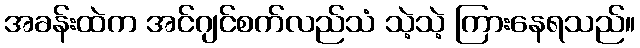
အခန်းထဲက အင်ဂျင်စက်လည်သံ သဲ့သဲ့ ကြားနေရသည်။